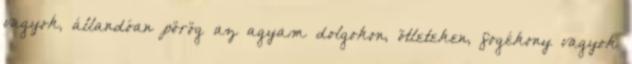
vagyok, állandóan pörög az agyam dolgokon, ötleteken, fogékony vagyok